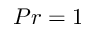
P r = 1